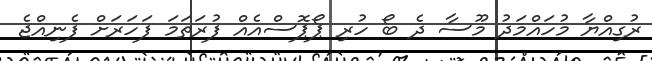
ރުގިއްޔާ މުހައްމަދު މޫސާ ދެ ބޯ ހުރި ޕޯޕޮސްއެއް ފުރަތަމަ ފަހަރަށް ފެނިއްޖެ